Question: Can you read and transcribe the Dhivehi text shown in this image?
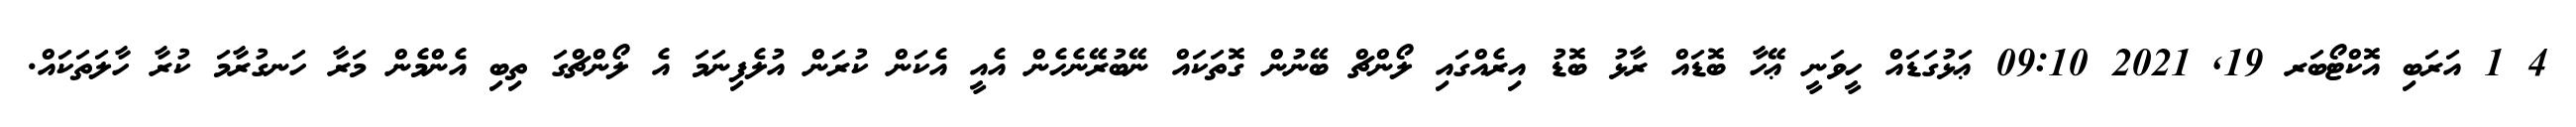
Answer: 4 1 އަރަބި އޮކްޓޯބަރ 19, 2021 09:10 ޢަޅުގަޑައް ހީވަނީ ޢޭހާ ބޮޑައް ރާޅު ބޮޑު އިރެއްގައި ލޯންޗް ބޭނުން ގޮތަކައް ނޭބުރޭނެހެން އެއީ އެކަން ކުރަން އުލެފިނަމަ އެ ލޯންޗްގަ ތިބި އެންމެން މަރާ ހަނގުރާމަ ކުރާ ހާލަތަކައް.